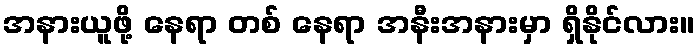
အနားယူဖို့ နေရာ တစ် နေရာ အနီးအနားမှာ ရှိနိုင်လား။